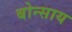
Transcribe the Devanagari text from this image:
बोन्साय